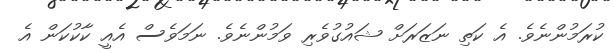
ކުރަމުންނެވެ. އެ ކަތި ނަޒަރަށް ޝައުގުވެރި ވަމުންނެވެ. ނަމަވެސް އެއީ ކާކުކަން އެ